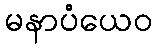
မနာပံယေဝ